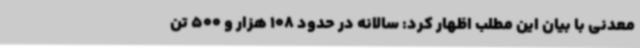
معدنی با بیان این مطلب اظهار کرد: سالانه در حدود 108 هزار و 500 تن